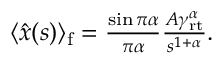
\begin{array} { r } { \langle \hat { x } ( s ) \rangle _ { \mathrm { f } } = \frac { \sin \pi \alpha } { \pi \alpha } \frac { A \gamma _ { \mathrm { r t } } ^ { \alpha } } { s ^ { 1 + \alpha } } . } \end{array}